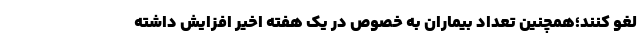
لغو کنند؛همچنین تعداد بیماران به خصوص در یک هفته اخیر افزایش داشته